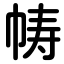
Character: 帱